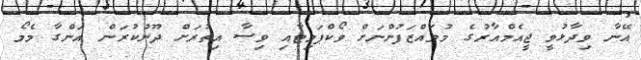
އޭނާ ވިދާޅުވީ ޖީއެމްއާރުގެ މުވައްޒަފުންނަށް ވޯކްޕަމިޓާއި ވިސާ އިތުރަށް ދޫނުކުރަން އަންގާ މެމޯ